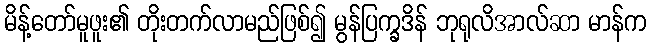
မိန့်တော်မူဖူး၏ တိုးတက်လာမည်ဖြစ်၍ မွန်ပြက္ခဒိန် ဘုရုလိအာလ်ဆာ မာန်က